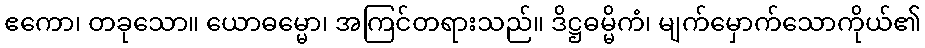
ဧကော၊ တခုသော။ ယောဓမ္မော၊ အကြင်တရားသည်။ ဒိဋ္ဌဓမ္မိကံ၊ မျက်မှောက်သောကိုယ်၏